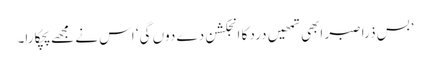
’بس ذرا صبر ابھی تمھیں درد کا انجکشن دے دوں گی‘ اس نے مجھے پچکارا۔